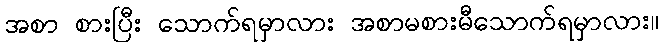
အစာ စားပြီး သောက်ရမှာလား အစာမစားမီသောက်ရမှာလား။